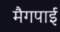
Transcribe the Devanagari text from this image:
मैगपाई